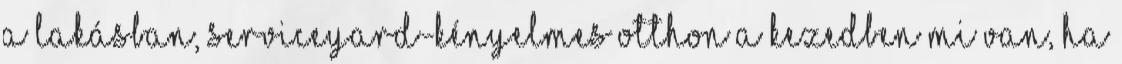
a lakásban, serviceyard-kényelmes otthon a kezedben Mi van, ha